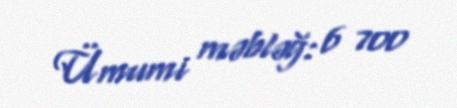
Ümumi məbləğ: 6 700